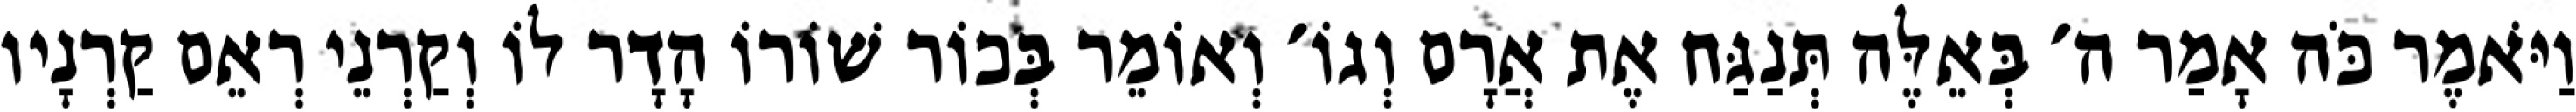
וַיֹּאמֶר כֹּה אָמַר ה׳ בְּאֵלֶּה תְּנַגַּח אֶת אֲרָם וְגוֹ׳ וְאוֹמֵר בְּכוֹר שׁוֹרוֹ הָדָר לוֹ וְקַרְנֵי רְאֵם קַרְנָיו